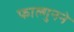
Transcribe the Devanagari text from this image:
फाल्गुनने